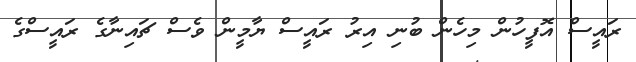
ރައީސް އޮފީހުން މިހެން ބުނި އިރު ރައީސް ޔާމީން ވެސް ޗައިނާގެ ރައީސްގެ